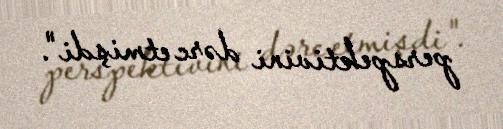
perspektivini dərc etmişdi".